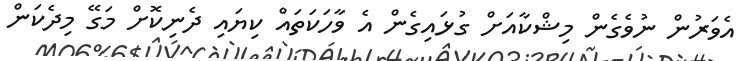
އެވަރުން ނުވެގެން މިޝްކާއަށް ގުޅައިގެން އެ ވާހަކަތައް ކިޔައި ދެނިކޮށް މަގޭ މިދެކަން